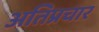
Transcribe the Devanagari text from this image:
अतिप्रचार